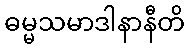
ဓမ္မသမာဒါနာနီတိ